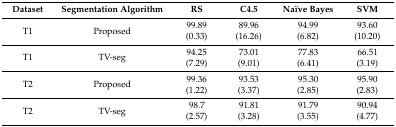
| Dataset | Segmentation Algorithm | RS | C4.5 | Naïve Bayes | SVM |
 | --- | --- | --- | --- | --- | --- |
 | T1 | Proposed | 99.89(0.33) | 89.96(16.26) | 94.99(6.82) | 93.60(10.20) |
 | T1 | TV-seg | 94.25(7.29) | 73.01(9.01) | 77.83(6.41) | 66.51(3.19) |
 | T2 | Proposed | 99.36(1.22) | 93.53(3.37) | 95.30(2.85) | 95.90(2.83) |
 | T2 | TV-seg | 98.7(2.57) | 91.81(3.28) | 91.79(3.55) | 90.94(4.77) |